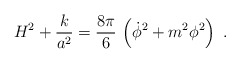
\begin{align*}H^2 +{k\over a^2} ={8\pi\over 6}\, \left(\dot \phi^2+m^2 \phi^2 \right) \ .\end{align*}